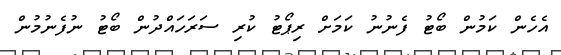
އެހެން ކަމުން ބޯޓު ފެނުނު ކަމަށް ރިޕޯޓު ކުރި ސަރަހައްދުން ބޯޓު ނުފެނުމުން